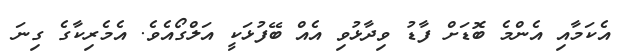
އެކަމާއި އެންމެ ބޮޑަށް ފާޑު ވިދާޅުވި އެއް ބޭފުޅަކީ އަލްގޯއެވެ. އެމެރިކާގެ ގިނަ